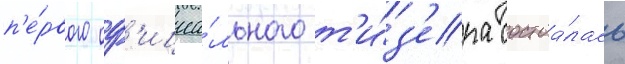
п'е́рвого оф'ициа́льного т'и́з'ера состоа́лась